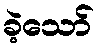
ခဲ့သော်